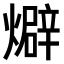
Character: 𤐙